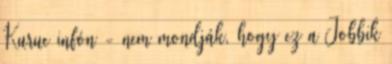
Kuruc infón - nem mondják, hogy ez a Jobbik